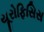
યૂરોફિસિસ